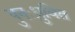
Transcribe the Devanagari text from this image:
पुनःध्रुवित